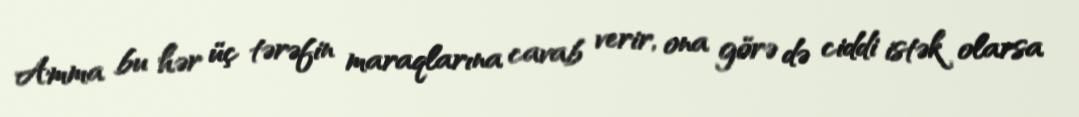
Amma bu hər üç tərəfin maraqlarına cavab verir, ona görə də ciddi istək olarsa